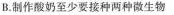
B.制作酸奶至少要接种两种微生物